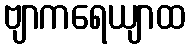
ဗျာကရေယျာထ